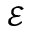
\mathcal { E }